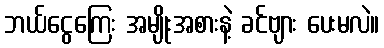
ဘယ်ငွေကြေး အမျိုးအစားနဲ့ ခင်ဗျား ပေးမလဲ။